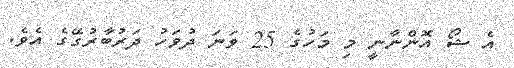
އެ ޝޯ އޮންނާނީ މި މަހުގެ 25 ވަނަ ދުވަހު ދަރުބާރުގޭގެ އެވެ.